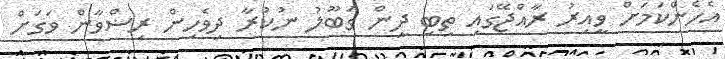
އެހެންކަމަށް ވީއިރު ރާއްޖޭގައި ތިބި ދީން ގަބޫލު ނުކުރާ ދިވެހިން ރިޟްވާން ވަގަށް